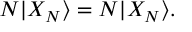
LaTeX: { \cal N } | X _ { N } \rangle = N | X _ { N } \rangle .